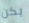
يكن